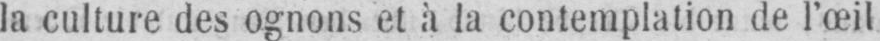
la culture des ognons et à la contemplation de l’œil